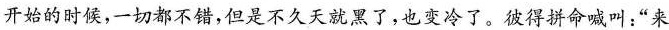
”开始的时候，一切都不错，但是不久天就黑了，也变冷了。彼得拼命喊叫：”来